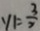
y _ { 1 } = \frac { 3 } { 2 }